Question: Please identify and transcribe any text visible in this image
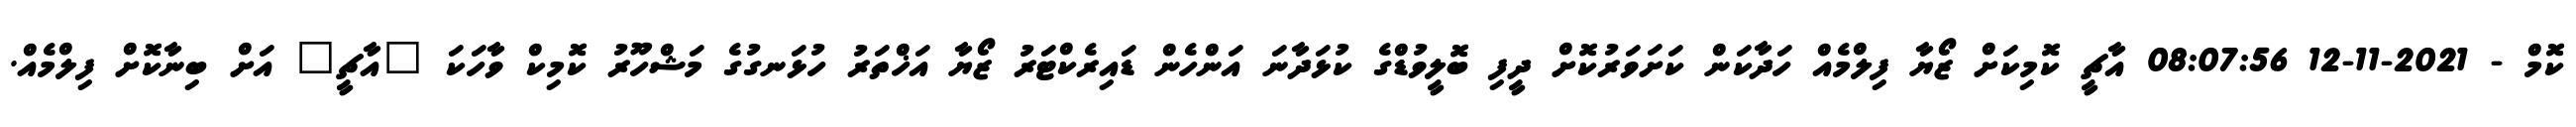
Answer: ކޮމް - 2021-11-12 08:07:56 އާޗީ ކޮމިކަށް ޒޯޔާ ފިލްމެއް ހަދާކަން ކަށަވަރުކޮށް ދީފި ބޮލީވުޑްގެ ކުޅަދާނަ އަންހެން ޑައިރެކްޓަރު ޒޯޔާ އަޚްތަރު ހުޅަނގުގެ މަޝްހޫރު ކޮމިކް ވާހަކަ "އާޗީ" އަށް ބިނާކޮށް ފިލްމެއް.